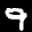
Label: 9